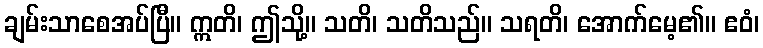
ချမ်းသာစေအပ်ပြီ။ ဣတိ၊ ဤသို့။ သတိ၊ သတိသည်။ သရတိ၊ အောက်မေ့၏။ ဧဝံ၊